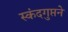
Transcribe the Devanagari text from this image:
स्कंदगुप्तने